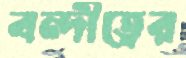
বন্দীত্বের